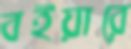
বইয়ারে